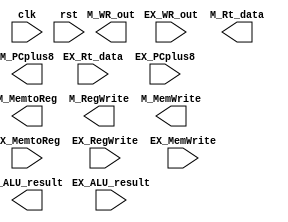
// EX_M

module EX_M ( clk,
			  rst,
			  // input 
			  // WB
			  EX_MemtoReg,
			  EX_RegWrite,
			  // M
			  EX_MemWrite,
			  // write your code in here
			  // pipe
			  EX_ALU_result,
			  EX_Rt_data,
			  EX_PCplus8,
			  EX_WR_out,
			  // output
			  // WB
			  M_MemtoReg,
			  M_RegWrite,
			  // M
			  M_MemWrite,
			  // write your code in here
			  // pipe
			  M_ALU_result,
			  M_Rt_data,
			  M_PCplus8,
			  M_WR_out			  		  			  
			  );
	
	parameter pc_size = 18;	
	parameter data_size = 32;
	
	input clk, rst;		  
			  
	// WB		  
	input EX_MemtoReg;
    input EX_RegWrite;
    // M
    input EX_MemWrite;
	// write your code in here
	// pipe		  
	input [data_size-1:0] EX_ALU_result;
    input [data_size-1:0] EX_Rt_data;
    input [pc_size-1:0] EX_PCplus8;
    input [4:0] EX_WR_out;
	
	// WB
	output M_MemtoReg;	
	output M_RegWrite;	
	// M	
	output M_MemWrite;	
	// write your code in here
	// pipe		  
	output [data_size-1:0] M_ALU_result;
	output [data_size-1:0] M_Rt_data;
	output [pc_size-1:0] M_PCplus8;
	output [4:0] M_WR_out;
	
	// write your code in here
	
endmodule